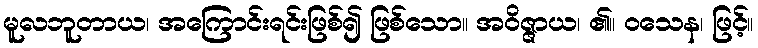
မူလဘူတာယ၊ အကြောင်းရင်းဖြစ်၍ ဖြစ်သော။ အဝိဇ္ဇာယ၊ ၏။ ဝသေန၊ ဖြင့်။